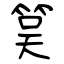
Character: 筽